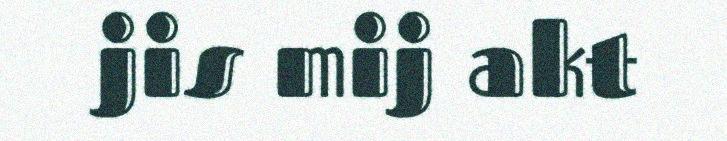
jis mij akt